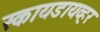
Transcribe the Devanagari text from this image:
स्कायडायव्हर